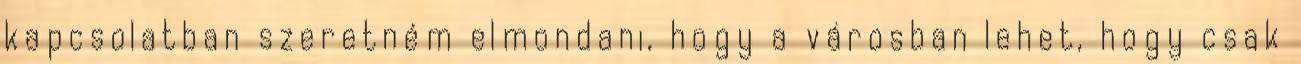
kapcsolatban szeretném elmondani, hogy a városban lehet, hogy csak